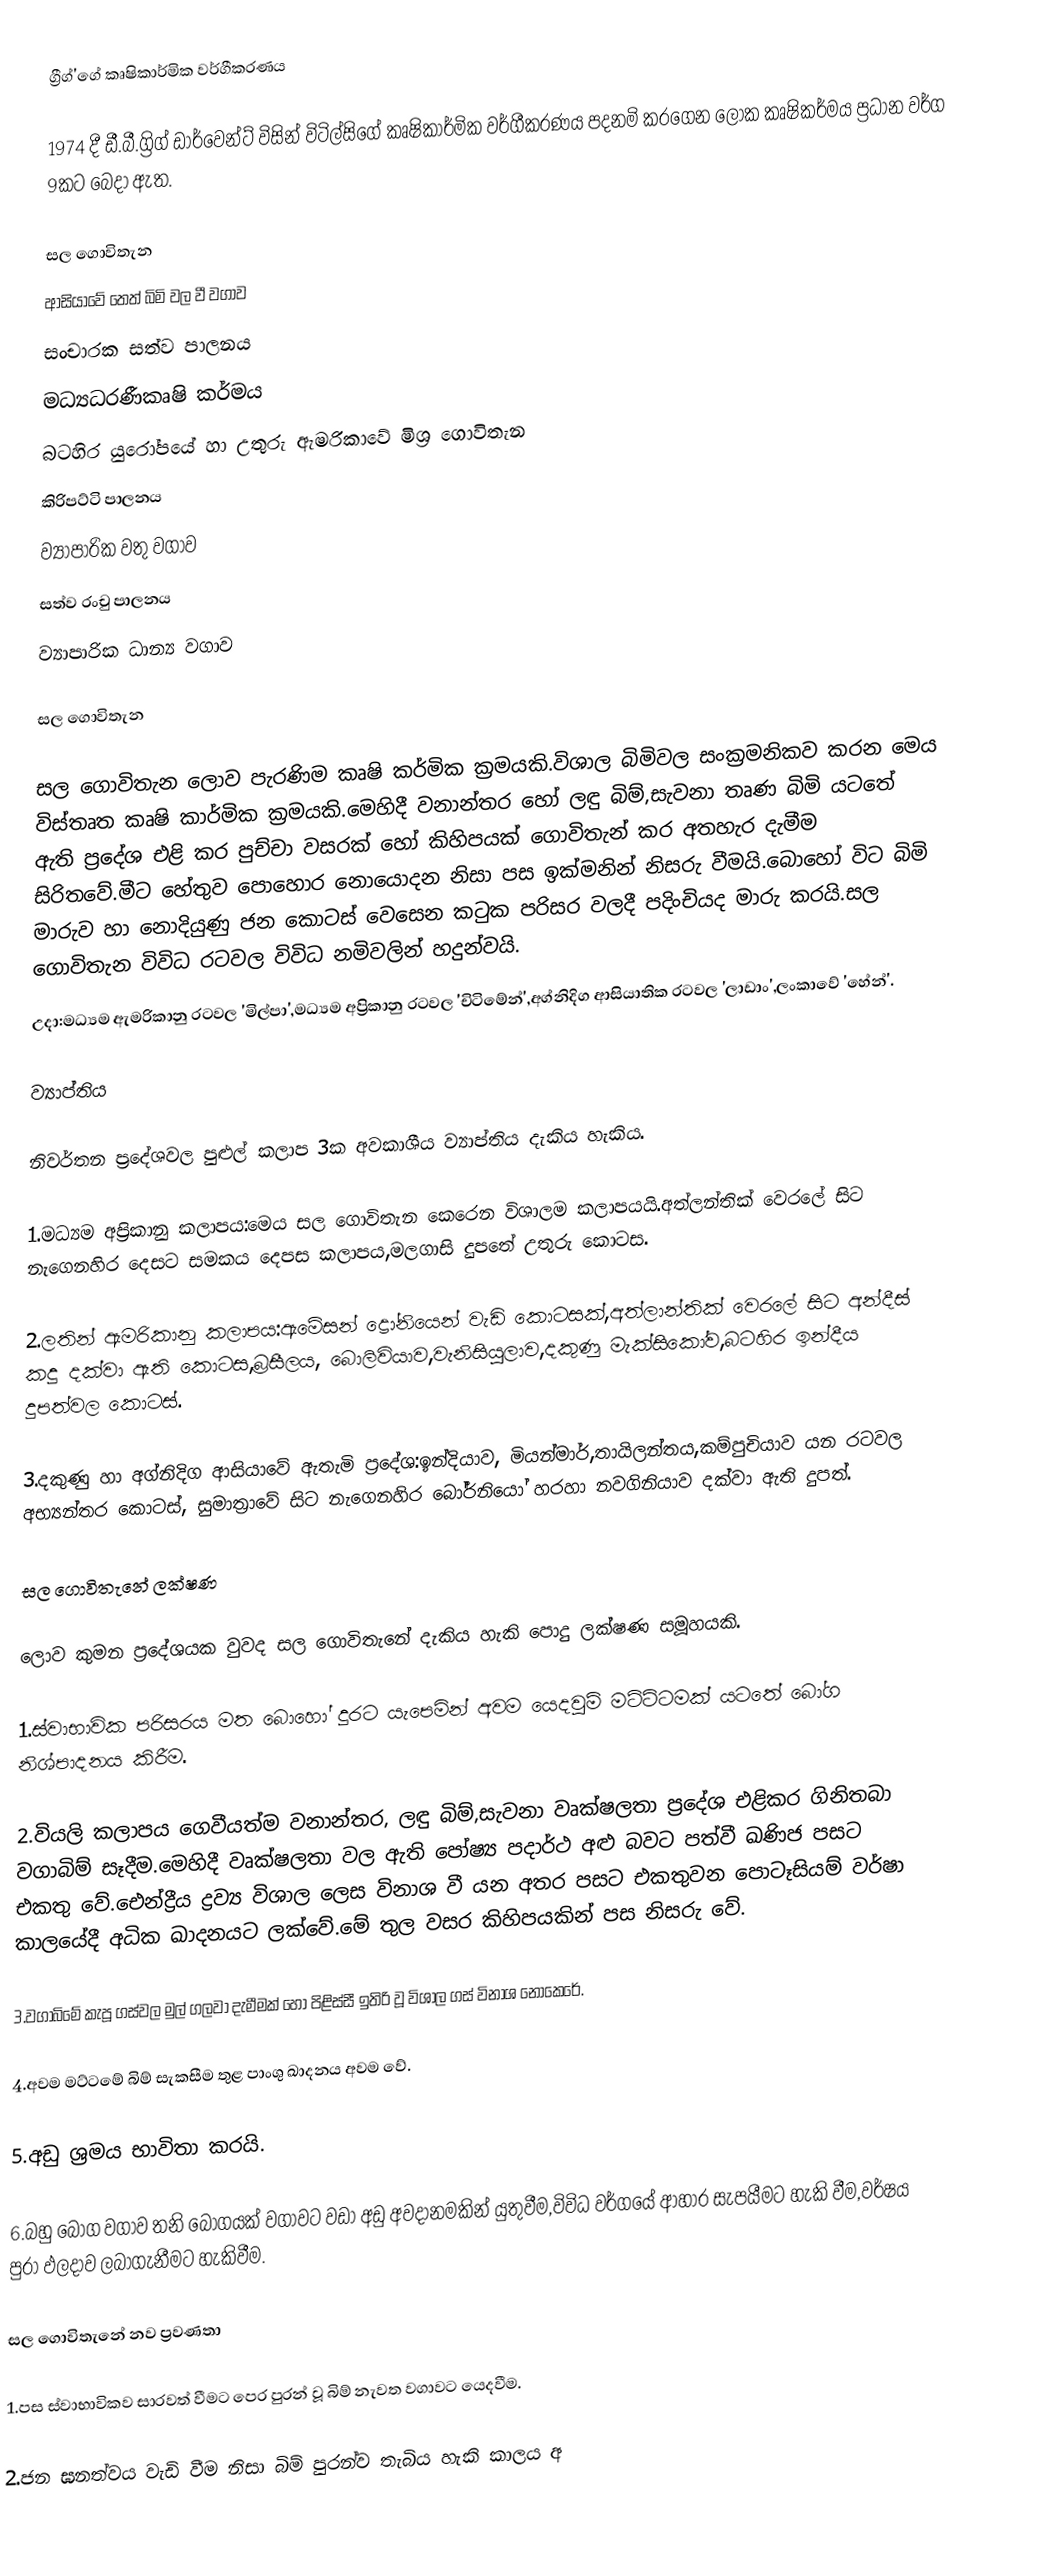
ග්‍රීග්'ගේ කෘෂිකාර්මික වර්ගීකරණය

1974 දී ඩී.බී.ග්‍රිග්‍ ඩාර්වෙන්ට් විසින් විටිල්සිගේ කෘෂිකාර්මික වර්ගීකරණය පදනමි කරගෙන ලෝක කෘෂිකර්මය ප්‍රධාන වර්ග 9කට බෙදා ඇත.

 සල ගොවිතැන
 ආසියාවේ තෙත් බිමි වල වී වගාව
 සංචාරක සත්ව පාලනය
 මධ්‍යධරණීකෘෂි කර්මය
 බටහිර යුරෝපයේ හා උතුරු ඇමරිකාවේ මිශ්‍ර ගොවිතැන
 කිරිපට්ටි පාලනය
ව්‍යාපාරික වතු වගාව
 සත්ව රංචු පාලනය
 ව්‍යාපාරික ධාන්‍ය වගාව

සල ගොවිතැන

සල ගොවිතැන ලොව පැරණිම කෘෂි කර්මික ක්‍රමයකි.විශාල  බිමිවල සංක්‍රමනිකව කරන මෙය විස්තෘත කෘෂි කාර්මික ක්‍රමයකි.මෙහිදී වනාන්තර හෝ ලඳු බිම්,සැවනා තෘණ බිමි යටතේ ඇති ප්‍රදේශ එළි කර පුච්චා වසරක් හෝ කිහිපයක් ගොවිතැන් කර අතහැර දැමීම සිරිතවේ.මීට  හේතුව පොහොර නොයොදන නිසා පස ඉක්මනින් නිසරු වීමයි.බොහෝ විට බිමි මාරුව හා නොදියුණු ජන කොටස් වෙසෙන කටුක පරිසර වලදී පදිංචියද මාරු කරයි.සල ගොවිතැන විවිධ රටවල විවිධ නමිවලින් හදුන්වයි.
උදා:මධ්‍යම ඇමරිකානු රටවල 'මිල්පා',මධ්‍යම අප්‍රිකානු රටවල 'චිටිමේන්',අග්නිදිග ආසියාතික රටවල 'ලාඩාං',ලංකාවේ 'හේන්'.

ව්‍යාප්තිය

නිවර්තන ප්‍රදේශවල පුළුල් කලාප 3ක අවකාශීය ව්‍යාප්තිය දැකිය හැකිය.

1.මධ්‍යම අප්‍රිකානු කලාපය:මෙය සල ගොවිතැන කෙරෙන විශාලම කලාපයයි.අත්ලන්තික් වෙරලේ සිට නැගෙනහිර දෙසට සමකය දෙපස කලාපය,මලගාසි දුපතේ උතුරු කොටස.

2.ලතින් ඇමරිකානු කලාපය:ඇමේසන් ද්‍රෝනියෙන් වැඩි කොටසක්,අත්ලාන්තික් වෙරලේ සිට අන්දීස් කදු දක්වා ඇති කොටස,බ්‍රසීලය, බොලිවියාව,වැනිසියුලාව,දකුණු මැක්සිකෝව,බටහිර ඉන්දීය දුපත්වල කොටස්.

3.දකුණු හා අග්නිදිග ආසියාවේ ඇතැමි ප්‍රදේශ:ඉන්දියාව, මියන්මාර්,තායිලන්තය,කම්පුචියාව යන රටවල අභ්‍යන්තර කොටස්, සුමාත්‍රාවේ සිට නැගෙනහිර බෝර්නියෝ හරහා නවගිනියාව දක්වා ඇති දුපත්.

සල ගොවිතැනේ ලක්ෂණ

ලොව කුමන ප්‍රදේශයක වුවද සල ගොවිතැනේ දැකිය හැකි පොදු ලක්ෂණ සමූහයකි.

1.ස්වාභාවික පරිසරය මත බොහෝ දුරට යැපෙමින් අවම යෙදවුම් මටිට්ටමක් යටතේ බෝග නිශ්පාදනය කිරීම.

2.වියලි කලාපය ගෙවීයත්ම වනාන්තර, ලඳු බිම්,සැවනා වෘක්ෂලතා ප්‍රදේශ එළිකර ගිනිතබා වගාබිම් සෑදීම.මෙහිදී වෘක්ෂලතා වල ඇති පෝෂ්‍ය පදාර්ථ අළු බවට පත්වී ඛණිජ පසට එකතු වේ.ඓන්ද්‍රීය ද්‍රව්‍ය විශාල ලෙස විනාශ වී යන අතර පසට එකතුවන පොටෑසියම් වර්ෂා කාලයේදී අධික ඛාදනයට ලක්වේ.මේ තුල වසර කිහිපයකින් පස නිසරු වේ.

3.වගාබිමේ කැපූ ගස්වල මුල් ගලවා දැමීමක් හෝ පිළිස්සී ඉතිරි වූ විශාල ගස් විනාශ නොකෙරේ.

4.අවම මට්ටමේ බිම් සැකසීම තුළ පාංශු ඛාදනය අවම වේ.

5.අඩු ශ්‍රමය භාවිතා කරයි.

6.බහු බෝග වගාව තනි බෝගයක් වගාවට වඩා  අඩු අවදානමකින් යුතුවීම,විවිධ වර්ගයේ ආහාර සැපයීමට හැකි වීම,වර්ෂය පුරා ඵලදාව ලබාගැනීමට හැකිවීම.

සල ගොවිතැනේ නව ප්‍රවණතා

1.පස ස්වාභාවිකව සාරවත් වීමට පෙර පුරන් වූ බිම් නැවත වගාවට යෙදවීම.

2.ජන ඝනත්වය වැඩි වීම නිසා බිම් පුරන්ව තැබිය හැකි කාලය අ